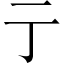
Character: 亍